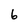
Character: 6